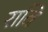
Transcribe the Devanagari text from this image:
रावि